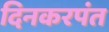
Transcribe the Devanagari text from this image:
दिनकरपंत